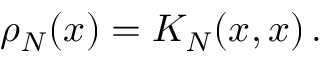
\rho _ { N } ( x ) = K _ { N } ( x , x ) \, .